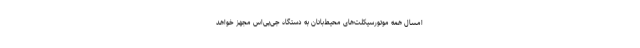
امسال همه موتورسیکلت‌های محیط‌بانان به دستگاه جی‌پی‌اس مجهز خواهد